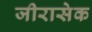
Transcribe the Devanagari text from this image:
जीरासेक